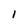
Character: 1